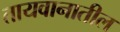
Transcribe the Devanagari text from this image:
तायवानातील